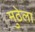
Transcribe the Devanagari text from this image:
मुठेला